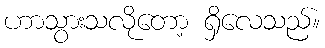
ဟာသွားသလိုတော့ ရှိလေသည်။